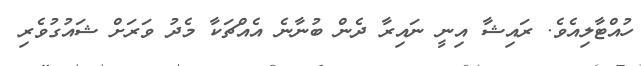
ހުއްޓާލިއެވެ. ރައިޝާ އިނީ ނައިރާ ދެން ބުނާނެ އެއްޗަކާ މެދު ވަރަށް ޝައުގުވެރި